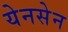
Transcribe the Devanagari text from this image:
येनसेन